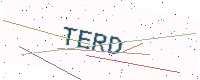
Text: TERD